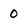
Character: 0